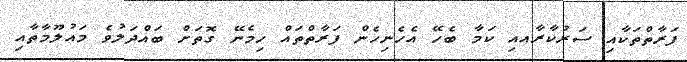
ފަރާތްތަކާއި ސަރުކާރާއއި ކަމާ ބެހޭ އެހެނިހެން ފަރާތްތައް ހިމެނޭ ގޮތަށް ބައްދަލުވެ މައުލޫމާތާއި